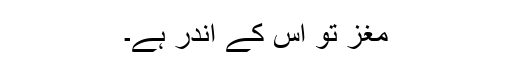
مغز تو اس کے اندر ہے۔